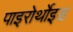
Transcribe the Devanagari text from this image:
पाइरोर्थोइड